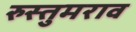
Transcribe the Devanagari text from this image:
रुस्तुमराव